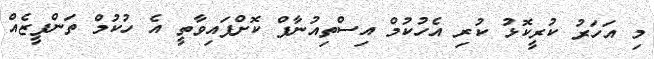
މި އަހަރު ކުރީކޮޅު ކުރި އެހުކުމް އިސްތިއުނާފް ކޮށްފައިވާތީ އެ ހުކުމް ތަންފީޒެއް